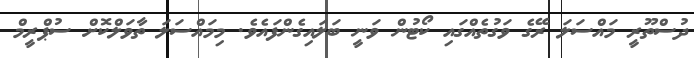
ދުސްތޫރީ މައްސަލަ ރޭގެ ވަގުތެއްގައި ކޯޓުން ވަނީ ބަލައިގެންފައެވެ. މިމައްސަލަ ތާވަލްކޮށް ސުޕްރީމް